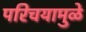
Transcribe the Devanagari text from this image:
परिचयामुळे